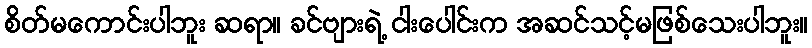
စိတ်မကောင်းပါဘူး ဆရာ။ ခင်ဗျားရဲ့ ငါးပေါင်းက အဆင်သင့်မဖြစ်သေးပါဘူး။